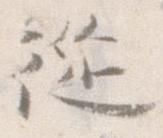
従